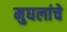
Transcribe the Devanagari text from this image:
मुघलांचे